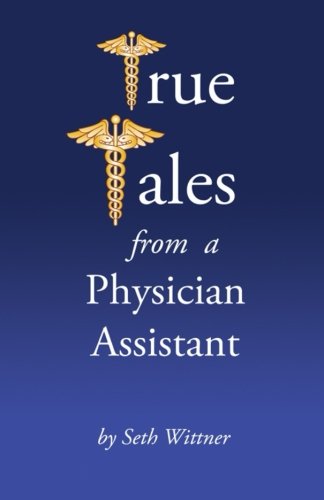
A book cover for True Tales from a Physician Assistant; Seth Wittner PA-C; Medical Books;